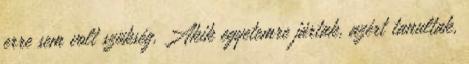
erre sem volt szükség. Akik egyetemre jártak, azért tanultak,